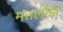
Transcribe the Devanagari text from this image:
मतलौडा